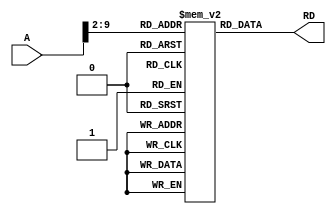
module instruction_memory(
    input [31:0] A,
    output reg [31:0] RD
);
    reg [31:0] memory [0:255];
    
    /*
    initial begin
    memory [0] = 32'h00008020;    
    memory [1] = 32'h20100078;      
    memory [2] = 32'h00008820;  
    memory [3] = 32'h201100B4;     
    memory [4] = 32'h00009020;      
    memory [5] = 32'h12110006;     
    memory [6] = 32'h0211482A;      
    memory [7] = 32'h11200002;     
    memory [8] = 32'h02308822;      
    memory [9] = 32'h08000005;     
    memory [10] = 32'h02118022;   
    memory [11] = 32'h08000005;     
    memory [12] = 32'h00109020;     
    memory [13] = 32'hAC120000;
    end
    */
    
    initial begin
    memory[0] = 32'h0000_8020;
    memory[1] = 32'h2010_0007;
    memory[2] = 32'h0000_8820;
    memory[3] = 32'h2011_0001;
    memory[4] = 32'h1200_0003;
    memory[5] = 32'h0230_881C;
    memory[6] = 32'h2210_FFFF;
    memory[7] = 32'h0800_0004;
    memory[8] = 32'hAC11_0000;    
    end
    
    always@*
     begin
        RD = memory[A>>2];
     end
     
endmodule